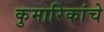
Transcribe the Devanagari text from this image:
कुमारिकांचे